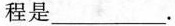
程是___。